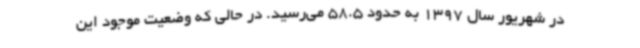
در شهریور سال 1397 به حدود 58.5 می‌رسید. در حالی که وضعیت موجود این